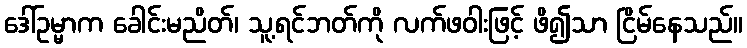
ဒေါ်ဥမ္မာက ခေါင်းမညိတ်၊ သူ့ရင်ဘတ်ကို လက်ဖဝါးဖြင့် ဖိ၍သာ ငြိမ်နေသည်။